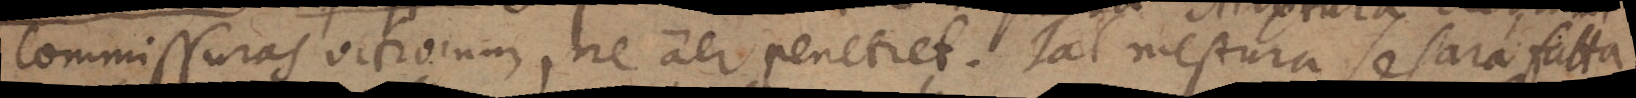
commissuras vitrorum, ne aer penetret. Tal mestura se sara fatta